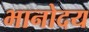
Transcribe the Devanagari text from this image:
भानोदय